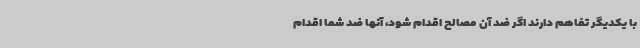
با یکدیگر تفاهم دارند اگر ضد آن مصالح اقدام شود، آنها ضد شما اقدام